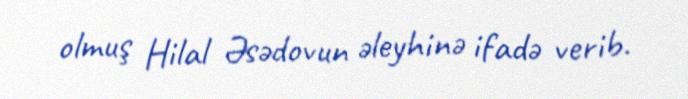
olmuş Hilal Əsədovun əleyhinə ifadə verib.